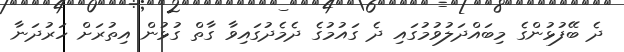
ދެ ބޭފުޅުންގެ މިބައްދަލުވުމުގައި ދެ ގައުމުގެ ދެމެދުގައިވާ ގާތް ގުޅުން އިތުރަށް ހަރުދަނާ